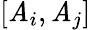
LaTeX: [\mathit{A}_{i},\mathit{A}_{j}]